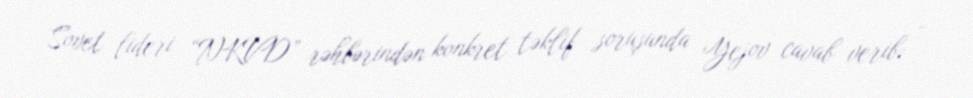
Sovet lideri “NKVD” rəhbərindən konkret təklif soruşunda Yejov cavab verib: -